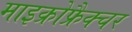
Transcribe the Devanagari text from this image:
माइक्रोफ्रैक्चर